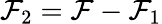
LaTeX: \mathcal{F}_{2}=\mathcal{F}-\mathcal{F}_{1}